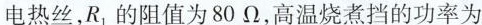
电热丝，R_{1} 的阻值为80Ω，高温烧煮档的功率为